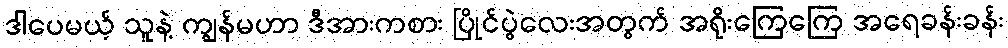
ဒါပေမယ့် သူနဲ့ ကျွန်မဟာ ဒီအားကစား ပြိုင်ပွဲလေးအတွက် အရိုးကြေကြေ အရေခန်းခန်း